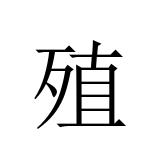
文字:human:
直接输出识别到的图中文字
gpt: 殖